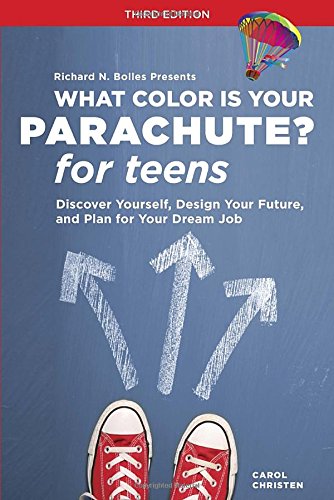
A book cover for What Color Is Your Parachute? for Teens, Third Edition: Discover Yourself, Design Your Future, and Plan for Your Dream Job; Carol Christen; Teen & Young Adult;